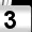
Digit: 3